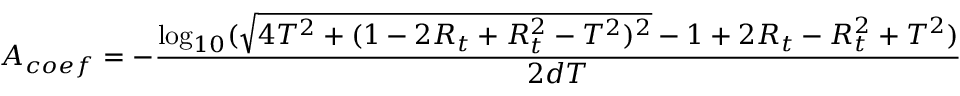
A _ { c o e f } = - \frac { \log _ { 1 0 } ( \sqrt { 4 T ^ { 2 } + ( 1 - 2 R _ { t } + R _ { t } ^ { 2 } - T ^ { 2 } ) ^ { 2 } } - 1 + 2 R _ { t } - R _ { t } ^ { 2 } + T ^ { 2 } ) } { 2 d T }